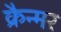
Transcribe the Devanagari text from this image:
क्रैन्मर